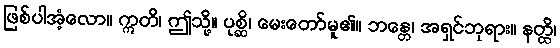
ဖြစ်ပါအံ့လော။ ဣတိ၊ ဤသို့။ ပုစ္ဆိ၊ မေးတော်မူ၏။ ဘန္တေ၊ အရှင်ဘုရား။ နတ္ထိ၊